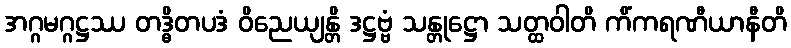
အဂ္ဂမဂ္ဂဋ္ဌဿ တဒ္ဓိတပဒံ ဝိညေယျန္တိ ဒဋ္ဌဗ္ဗံ သန္တုဋ္ဌော သတ္ထဝါတိ ကိံကရဏီယာနီတိ